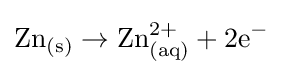
\mathrm {Zn_{(s)}\rightarrow Zn_{(aq)}^{2+}+2e^{-}\ }